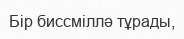
Бір биссміллә тұрады,